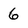
Character: 6